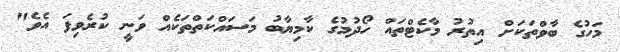
މަހުގެ ބާވްތަކަށް އިތުރު މާކެޓްތައް ހޯދުމުގެ ކާމިޔާބު މަސައްކަތްތަކެއް ވަނީ ކުރެވިފަ އެވެ"